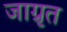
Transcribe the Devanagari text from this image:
जाग्रृत